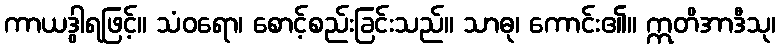
ကာယဒွါရဖြင့်။ သံဝရော၊ စောင့်စည်းခြင်းသည်။ သာဓု၊ ကောင်း၏။ ဣတိအာဒီသု၊